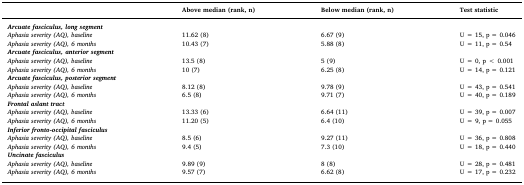
|  | Above median (rank, n) | Below median (rank, n) | Test statistic |
 | --- | --- | --- | --- |
 | Arcuate fasciculus, long segment |  |  |  |
 | Aphasia severity (AQ), baseline | 11.62 (8) | 6.67 (9) | U = 15, p = 0.046 |
 | Aphasia severity (AQ), 6 months | 10.43 (7) | 5.88 (8) | U = 11, p = 0.54 |
 | Arcuate fasciculus, anterior segment |  |  |  |
 | Aphasia severity (AQ), baseline | 13.5 (8) | 5 (9) | U = 0, p < 0.001 |
 | Aphasia severity (AQ), 6 months | 10 (7) | 6.25 (8) | U = 14, p = 0.121 |
 | Arcuate fasciculus, posterior segment |  |  |  |
 | Aphasia severity (AQ), baseline | 8.12 (8) | 9.78 (9) | U = 43, p = 0.541 |
 | Aphasia severity (AQ), 6 months | 6.5 (8) | 9.71 (7) | U = 40, p = 0.189 |
 | Frontal aslant tract |  |  |  |
 | Aphasia severity (AQ), baseline | 13.33 (6) | 6.64 (11) | U = 39, p = 0.007 |
 | Aphasia severity (AQ), 6 months | 11.20 (5) | 6.4 (10) | U = 9, p = 0.055 |
 | Inferior fronto-occipital fasciculus |  |  |  |
 | Aphasia severity (AQ), baseline | 8.5 (6) | 9.27 (11) | U = 36, p = 0.808 |
 | Aphasia severity (AQ), 6 months | 9.4 (5) | 7.3 (10) | U = 18, p = 0.440 |
 | Uncinate fasciculus |  |  |  |
 | Aphasia severity (AQ), baseline | 9.89 (9) | 8 (8) | U = 28, p = 0.481 |
 | Aphasia severity (AQ), 6 months | 9.57 (7) | 6.62 (8) | U = 17, p = 0.232 |